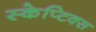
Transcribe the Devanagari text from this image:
स्केप्टिक्स